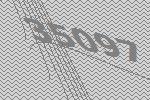
35097